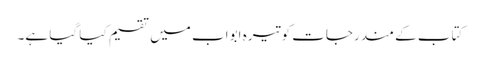
کتاب کے مندرجات کو تیرہ ابواب میں تقسیم کیا گیا ہے۔